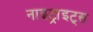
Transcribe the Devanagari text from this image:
नाइट्राइट्स